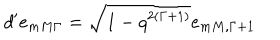
d ^ { \prime } e _ { m M \Gamma } = \sqrt { 1 - q ^ { 2 ( \Gamma + 1 ) } } e _ { m M , \Gamma + 1 }